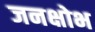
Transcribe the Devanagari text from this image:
जनक्षोभ